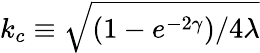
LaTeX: k_{c}\equiv\sqrt{{(1-e^{-2\gamma})}/{4\lambda}}